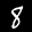
Label: 8